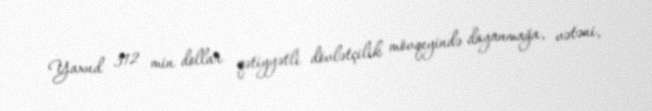
Yaxud 312 min dollar qətiyyətli dövlətçilik mövqeyində dayanmağa, vətəni,